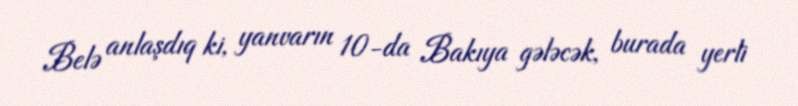
Belə anlaşdıq ki, yanvarın 10-da Bakıya gələcək, burada yerli